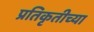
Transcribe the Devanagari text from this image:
प्रतिकृतीच्या